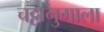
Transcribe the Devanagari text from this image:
चट्टानुगाला